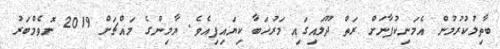
ބާތިލުކުރުމުން އެމަނިކުފާނަށް ރަތް ދޫލައިގައި މަރުހަބާ ކިޔައިފިއެވެ. ޔާމިންގެ މައްޗަށް 2019 ނޮވެމްބަރު